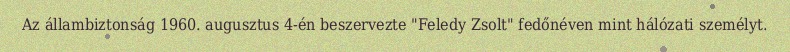
Az állambiztonság 1960. augusztus 4-én beszervezte "Feledy Zsolt" fedőnéven mint hálózati személyt.